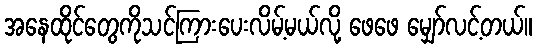
အနေထိုင်တွေကိုသင်ကြားပေးလိမ့်မယ်လို့ ဖေဖေ မျှော်လင့်တယ်။